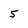
Character: 5